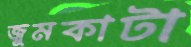
জুমকাটা